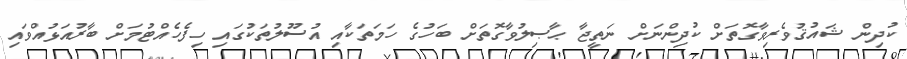
ކުދިން ޝައުޤުވެރިވާގޮތަށް ކުދިންނަށް ނަތީޖާ ޙާޞިލުވާގޮތަށް ބަހުގެ ހަމަތަކާއި އުސޫލުތަކުގައި ހިފެހެއްޓުމަށް ބާރުއަޅުއްވައި